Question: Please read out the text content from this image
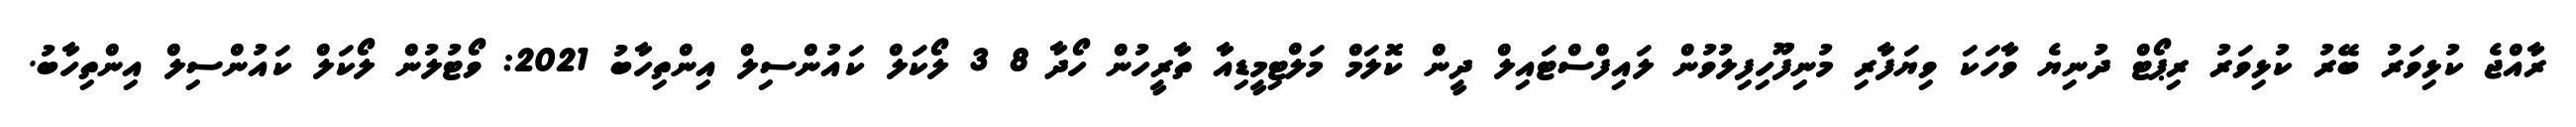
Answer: ރާއްޖެ ކުޅިވަރު ބޭރު ކުޅިވަރު ރިޕޯޓް ދުނިޔެ ވާހަކަ ވިޔަފާރި މުނިފޫހިފިލުވުން ލައިފްސްޓައިލް ދީން ކޮލަމް މަލްޓިމީޑިއާ ތާރީހުން ހޯދާ 8 3 ލޯކަލް ކައުންސިލް އިންތިހާބު 2021: ވޯޓުލުން ލޯކަލް ކައުންސިލް އިންތިހާބު.